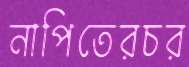
নাপিতেরচর